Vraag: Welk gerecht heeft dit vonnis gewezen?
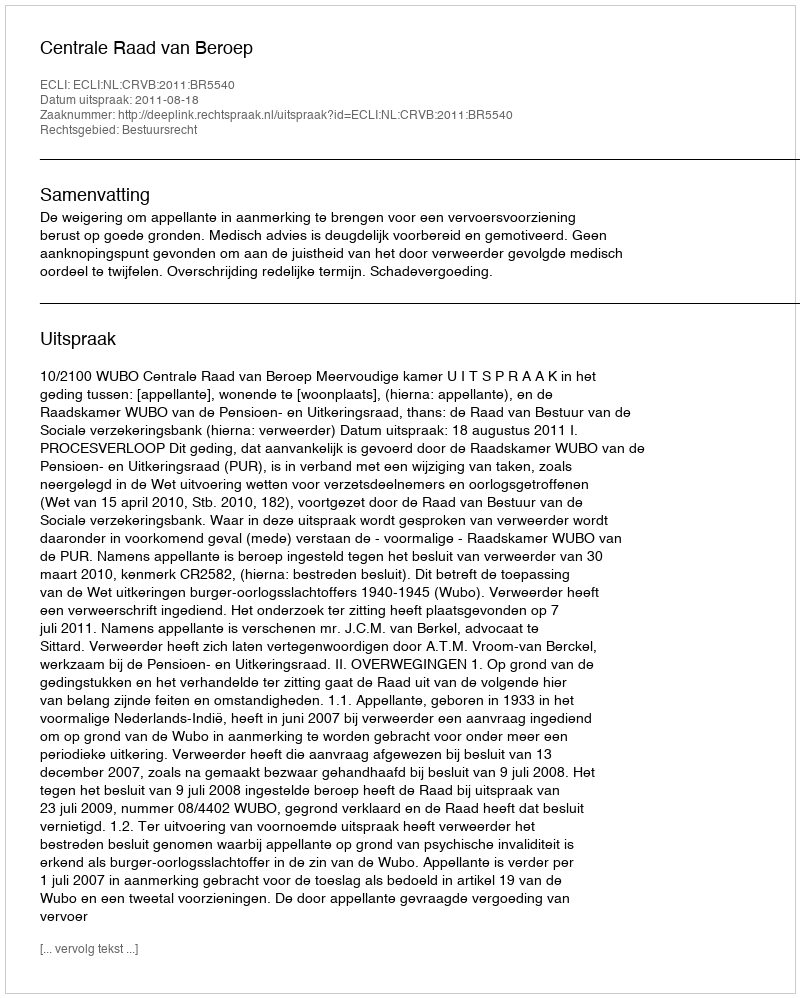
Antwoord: Centrale Raad van Beroep